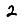
Digit: 2